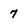
Character: 7